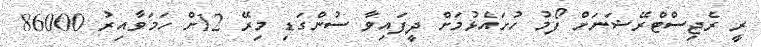
ރީ ރެޖިސްޓްރޭޝަނަށް ފޯމު ހުށައެޅުމަށް ދީފައިވާ ސުންގަޑި މިރޭ 12ށް ހަމަވާއިރު 86000